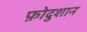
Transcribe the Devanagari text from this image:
फ़ोदुशान